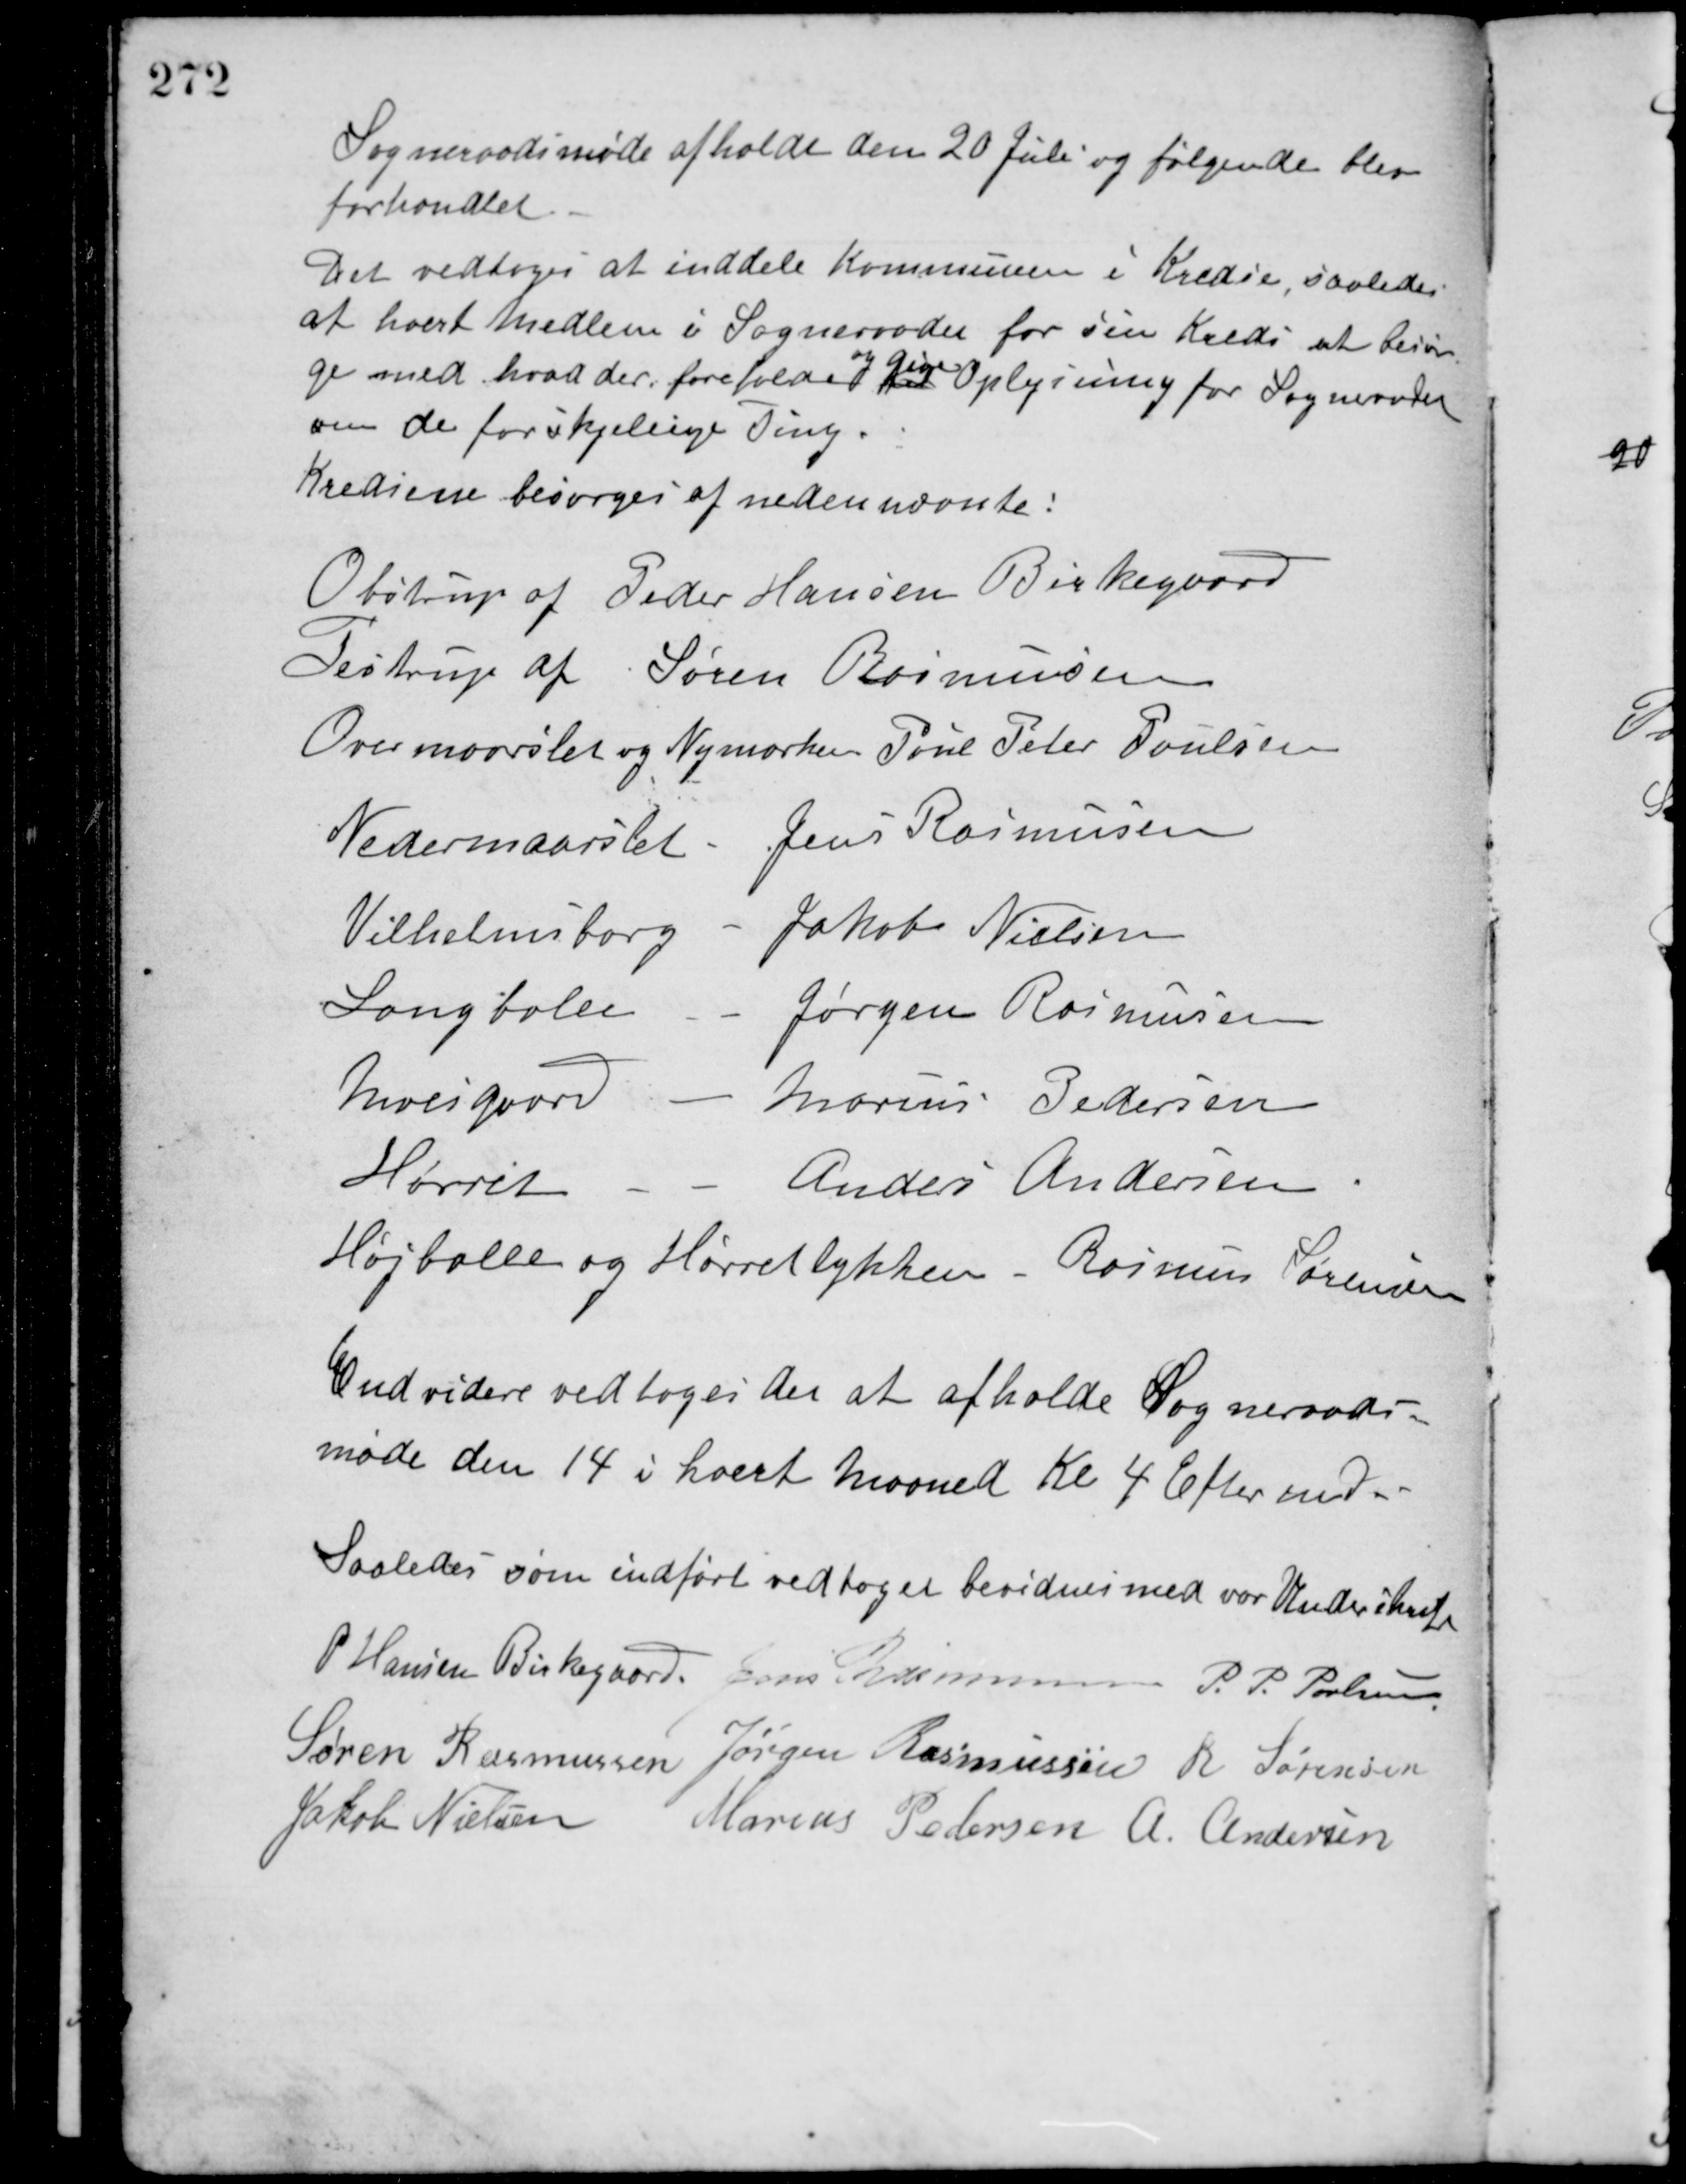
Transskription:
Sogneraadsmøde afholdt den 20 Juli og følgende blev
forhandlet.
Det vedtoges at inddele Kommunen i Kredse, saaledes
at hvert Medlem i Sogneraadet for sin Kreds at besør-
ge med hvad der forefalder med
og give
Oplysning for Sogneraadet
om de forskjellige Ting.
Kredsene besørges af nedennævnte:
Obstrup af Peder Hansen Birkegaard
Testrup af Søren Rasmussen
Overmaarslet og Nymarken Poul Peter Poulsen
Nedermaarslet Jens Rasmussen
Vilhelmsborg - Jakob Nielsen
Langballe - Jørgen Rasmussen
Moesgaard - Marius Pedersen
Hørret - Anders Andersen
Højballe og Hørretlykken - Rasmus Sørensen
Endvidere vedtoges det at afholde Sogneraads-
møde den 14 i hvert Maaned Kl 4 Eftermd.
Saaledes som indført vedtaget bevidnes med vor Underskrift
P. Hansen Birkegaard Jens Rasmussen P. P. Poulsen
Søren Rasmussen Jørgen Rasmussen R. Sørensen
Jakob Nielsen Marius Pedersen A. Andersen